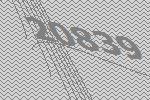
20839